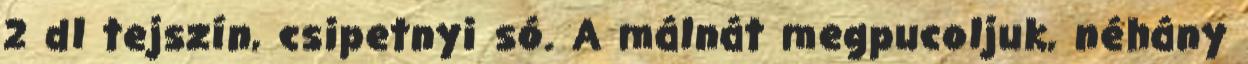
2 dl tejszín, csipetnyi só. A málnát megpucoljuk, néhány